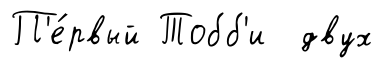
П'е́рвый Тобб'и двух